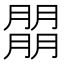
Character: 朤